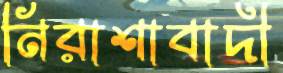
নিরাশাবাদী